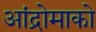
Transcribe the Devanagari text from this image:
आंद्रोमाको